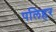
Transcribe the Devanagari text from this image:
पलिहर